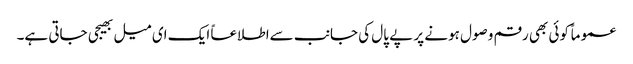
عموماً کوئی بھی رقم وصول ہونے پر پے پال کی جانب سےاطلاعاً ایک ای میل بھیجی جاتی ہے۔